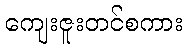
ကျေးဇူးတင်စကား